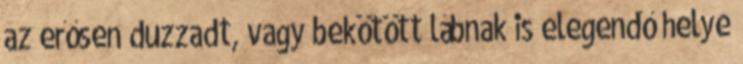
az erősen duzzadt, vagy bekötött lábnak is elegendő helye